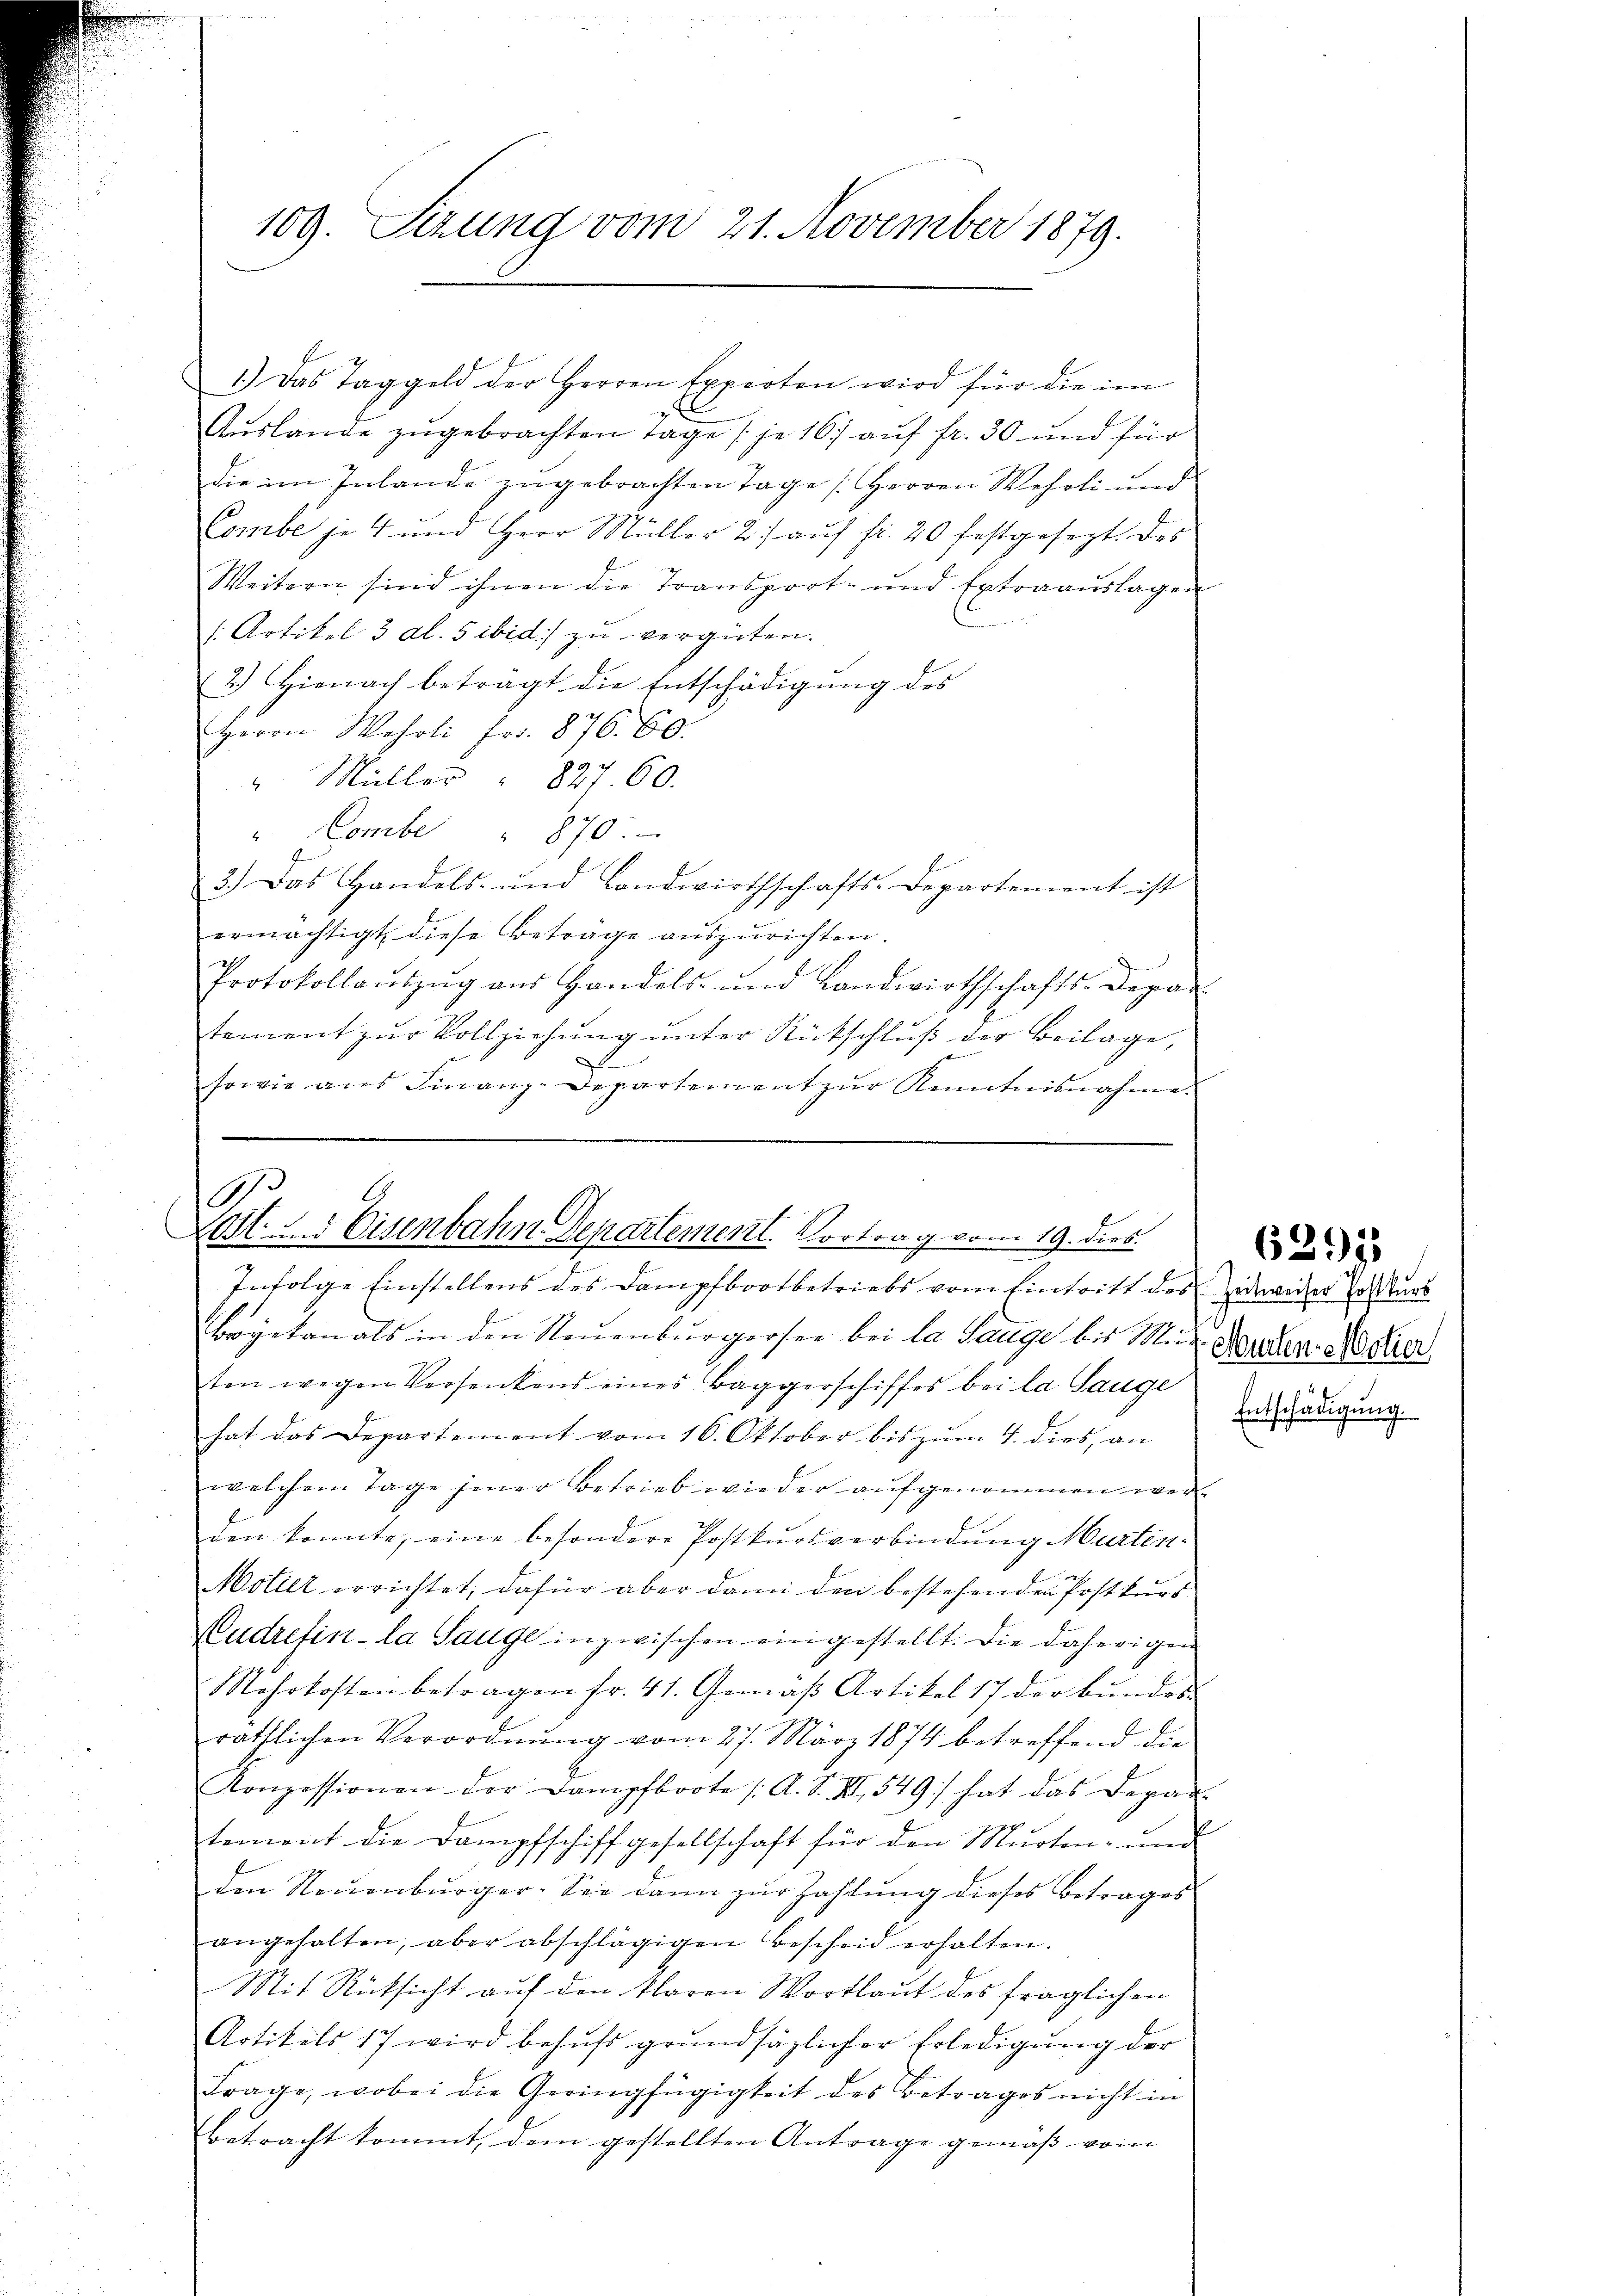
109. Sizung vom 21. November 1879.

1.) Das Taggeld der Herren Experten wird für die im
E
Auslange zugebrachten Tage (je 167 auf fr. 30 und für
die im Inlande zugebrachten Tage (Herren Wehrli und
Combe je 4 und Herr Müller 2. aŭf fr. 20 festgesezt des
Weitern sind ihnen die Transport- und Extraauslagen
/Artikel 3 Al. 5 ibid) zu vergüten.
2.) Hienach beträgt die Entschädigŭng des
Herrn Wehrli Fr. 876. 60.
" Müller " 827 60.
"Combe " 870.
3.) Das Handels- und Landwirthschafts-Departement ist
ermächtigt, diese Betrage auszurichten.
Protokollaŭszŭg aŭs Handels- und Landwirthschafts-Depar
tement zur Vollziehung unter Rückschluß der Beilage,
sowie aŭs Finanz-Departement zŭr Kenntnisnahme.

A
6
Lost- und Eisenbahn Departement. Vortrag vom 19. dies

Infolge Einstellens des Dampfbootbetriebs vom Eintritt des Zuweiser Postkurs
Brgetan als in den Neuenburgersee bei la Sauge bis Miten wegen Versenkens eines Baggerschiffes bei la Sauge
hat das Departement vom 16. Oktober bis zum 4. dies, an
welchem Tage jener Betrieb wieder aufgenommen werden konnte, eine besondere Postkursverbindung Murten-
Motier errichtet, dafür aber dann den bestehenden Postkŭrs
Mudretin-la Sauge inzwischen eingestellt. Die daherigen
Mehrkosten betragen fr. 41. Gemäß Artikel 17 der Bundes-
räthlichen Verordnung vom 27. März 1874 betreffend die
Konzessionen der Dampfboote / A. S. II 549 hat das Depar-
tement die Dampfschiffgesellschaft für den Murten- und
den Neuenburger. Sie dann zur Zahlung dieses Betrages
angehalten, aber abschlägigen Bescheid erhalten.
Mit Rücksicht auf den klaren Wortlaut des fraglichen
Artikels 17 wird behufs grundsätzlicher Erledigung der
Frage, wobei die Geringfügigkeit des Betrages nicht in
Betracht kommt, dem gestellten Antrage gemäss vom

Murten Molier
Entschädigung.

6291